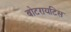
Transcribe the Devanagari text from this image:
बोटरायटिस